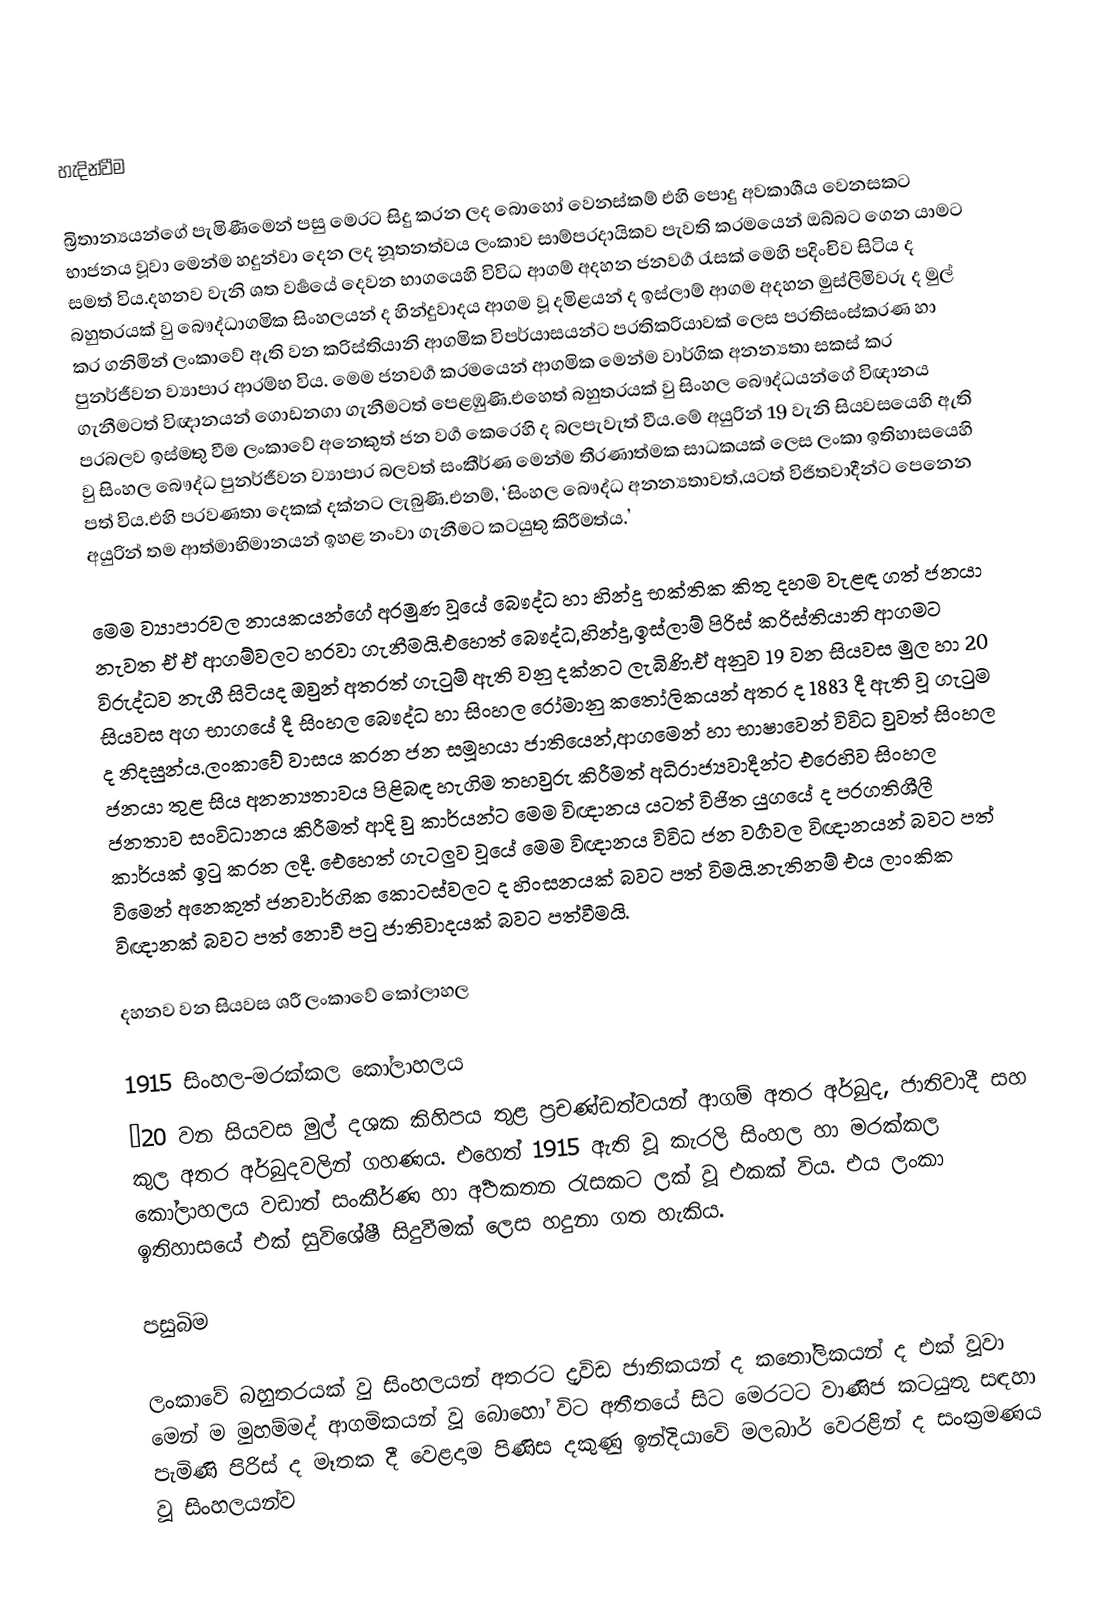

හැදින්වීම

බ්‍රිතාන්‍යයන්ගේ පැමිණීමෙන් පසු මෙරට සිදු කරන ලද බොහෝ වෙනස්කම් එහි‍ පොදු අවකාශීය වෙනසකට භාජනය වූවා මෙන්ම හදුන්වා දෙන ලද නූතනත්වය ලංකා‍‍ව සාම්ප‍්‍රදායිකව පැවති ක‍්‍රමයෙන් ඔබ්බට ගෙන යාමට සමත් විය.දහනව වැනි ශත වර්‍ෂයේ දෙවන භාගයෙහි විවිධ ආගම් අදහන ජනවර්‍ග රැසක් මෙහි පදිංචිව සිටිය ද බහුතරයක් වු බෞද්ධාගමික  සිංහලයන් ද හින්දුවාදය ආගම වූ දමිළයන් ද ඉස්ලාම් ආගම අදහන මුස්ලිමිවරු ද මුල් කර ගනිමින් ලංකා‍වේ ඇති වන ක‍්‍රිස්තියානි ආගමික විපර්යාසයන්ට ප‍්‍රතික‍්‍රියාවක් ලෙස ප‍්‍රතිසංස්කරණ හා පුනර්ජීවන ව්‍යාපාර ආරම්භ විය. මෙම ජනවර්‍ග ක‍්‍රමයෙන් ආගමික මෙන්ම වාර්ගික අනන්‍යතා සකස් කර ගැනීමටත් විඥානයන් ගොඩනගා ගැනීමටත් පෙළඹුණි.එහෙත් බහුතරයක් වු සිංහල බෞද්ධයන්‍‍‍‍‍ගේ විඥානය ප‍්‍රබලව ඉස්මතු වීම ලංකා‍වේ අනෙකුත් ජන වර්‍ග  කෙරෙහි ද බලපැවැත් වීය.‍මේ අයුරින් 19 වැනි සියවසයෙහි ඇති වු සිංහල බෞද්ධ පුනර්ජීවන ව්‍යාපාර බලවත් සංකීර්ණ මෙන්ම තීරණාත්මක සාධකයක් ලෙස ලංකා ඉතිහාසයෙහි පත් විය.එහි ප‍්‍රවණතා දෙකක් දක්නට ලැබුණි.එනම්, ‘සිංහල බෞද්ධ අනන්‍යතාවත්,යටත් විජිතවාදීන්ට පෙනෙන අයුරින් තම ආත්මාභිමානයන් ඉහළ නංවා ගැනීමට කටයුතු කිරීමත්ය.’

මෙම ව්‍යාපාරවල නායකයන්ගේ අරමුණ වූයේ බෞද්ධ හා හින්දු භක්තික කිතු දහම වැළඳ ගත් ජනයා නැවත ඒ ඒ ආගම්වලට හරවා ගැනීමයි.එහෙත් බෞද්ධ,හින්දු,ඉස්ලාම් පිරිස් ක‍්‍රිස්තියානි ආගමට විරුද්ධව නැගී සිටියද ඔවුන් අතරත් ගැටුම් ඇති වනු දක්නට ලැබිණි.ඒ අනුව 19 වන සියවස මුල හා 20 සියවස අග භාගයේ දී සිංහල බෞද්ධ හා සිංහල රෝමානු කතෝලිකයන් අතර ද 1883 දී ඇති වූ ගැටුම ද නිදසුන්ය.ලංකා‍වේ වාසය කරන ජන සමූහයා ජාතියෙන්,ආගමෙන් හා භාෂාවෙන් විවිධ වුවත් සිංහල ජනයා තුළ සිය අනන්‍යතාවය පිළිබඳ හැගිම තහවුරු කිරීමත් අධිරාජ්‍යවාදීන්ට එරෙහිව සිංහල ජනතාව සංවිධානය කිරීමත් ආදි වු කාර්යන්ට මෙම විඥානය යටත් විජිත යුගයේ ද ප‍්‍රගතිශීලී කාර්යක් ඉටු කරන ලදී. ඓහෙත් ගැටලුව වූයේ මෙම විඥානය විවිධ ජන වර්‍ගවල විඥානයන් බවට පත් විමෙන් අනෙකුත් ජනවාර්ගික කොටස්වලට ද හිංසනයක් බවට පත් විමයි.නැතිනම් එය ලාංකික විඥානක් බවට පත් නොවී පටු ජාතිවාදයක් බවට පත්වීමයි.

දහනව වන සියවස ශ‍්‍රී ලංකා‍වේ ‍කෝලාහල

1915 සිංහල-මරක්කල කෝලාහලය
	‘20 වන සියවස මුල් දශක කිහිපය තුළ ප‍්‍රචණ්ඩත්වයන් ආගම් අතර අර්බුද, ජාතිවාදී සහ කුල අතර අර්බුදවලින් ගහණය. එහෙත් 1915 ඇති වූ කැරලි සිංහල හා මරක්කල කෝලාහලය වඩාත් සංකීර්ණ හා අර්‍ථකතන රැසකට ලක් වූ එකක් විය. එය ලංකා‍ ඉතිහාසයේ එක් සුවිශේෂී සිදුවීමක් ලෙස හදුනා ගත හැකිය.

පසුබිම

ලංකා‍වේ බහුතරයක් වු සිංහලයන් අතරට ද‍්‍රවිඩ ජාතිකයන් ද කතෝලිකයන් ද එක්  වූවා මෙන් ම මුහම්මද් ආගමිකයන් වූ බොහෝ විට අතීතයේ සිට මෙරටට වාණිජ කටයුතු සඳහා පැමිණි පිරිස් ද මෑතක දී වෙළදාම පිණිස දකුණු ඉන්දියා‍වේ මලබාර් වෙරළින් ද සංක‍්‍රමණය වූ සිංහලයන්ව